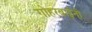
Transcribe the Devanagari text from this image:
गोहरबाईंनी